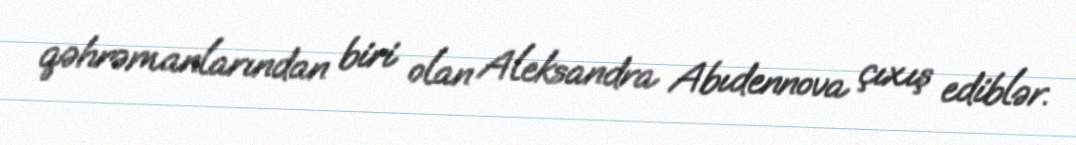
qəhrəmanlarından biri olan Aleksandra Abıdennova çıxış ediblər.